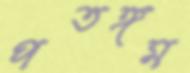
পতঙ্গম